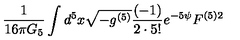
\frac { 1 } { 1 6 \pi G _ { 5 } } \int d ^ { 5 } x \sqrt { - g ^ { ( 5 ) } } \frac { ( - 1 ) } { 2 \cdot 5 ! } e ^ { - 5 \psi } F ^ { ( 5 ) 2 }